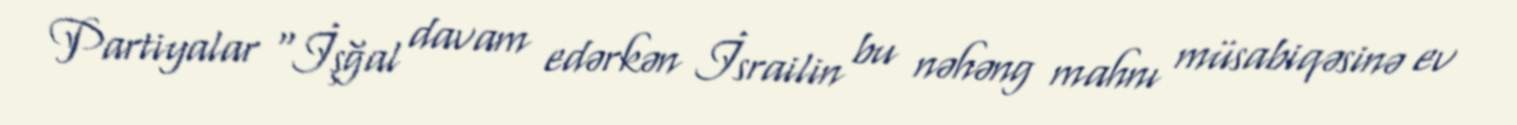
Partiyalar “İşğal davam edərkən İsrailin bu nəhəng mahnı müsabiqəsinə ev